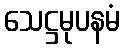
သေဋ္ဌမုပနမံ